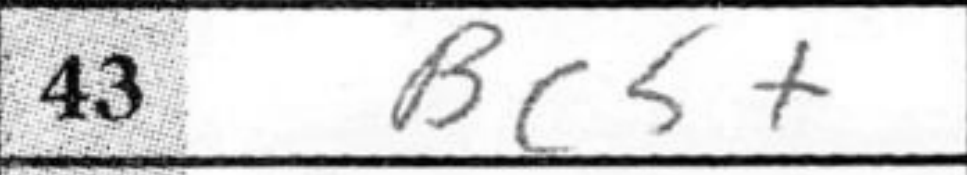
Transcription: Bc5+